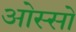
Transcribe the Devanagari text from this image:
ओस्सो